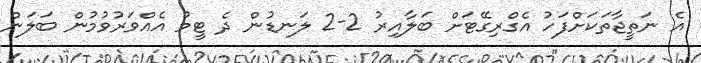
އެ ނަތީޖާތަކަށްފަހު އެގްރިގޭޓަށް ބަލާއިރު 2-2 ލަނޑުން ދެ ޓީމު އެއްވަރުވުމުން ބަލަން